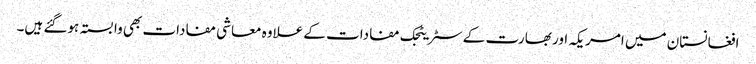
افغانستان میں امریکہ اور بھارت کے سٹریٹجک مفادات کے علاوہ معاشی مفادات بھی وابستہ ہوگئے ہیں۔